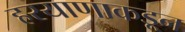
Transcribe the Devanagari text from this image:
हरयाणाकडून